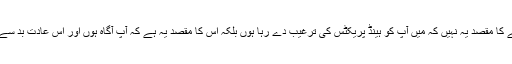
یہ تفصیل بتانے کا مقصد یہ نہیں کہ میں آپ کو ہینڈ پریکٹس کی ترغیب دے رہا ہوں بلکہ اس کا مقصد یہ ہے کہ آپ آگاہ ہوں اور اس عادت بد سے اجتناب کریں۔